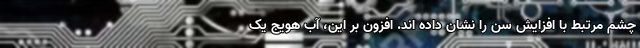
چشم مرتبط با افزایش سن را نشان داده اند. افزون بر این، آب هویج یک